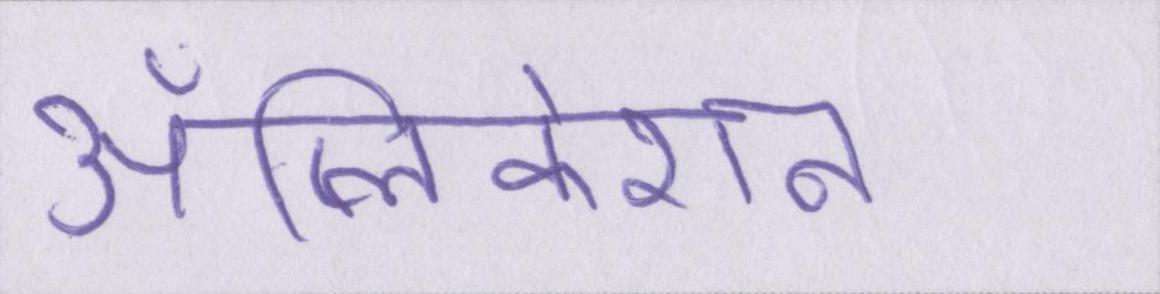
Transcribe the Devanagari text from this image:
ॲप्लिकेशन